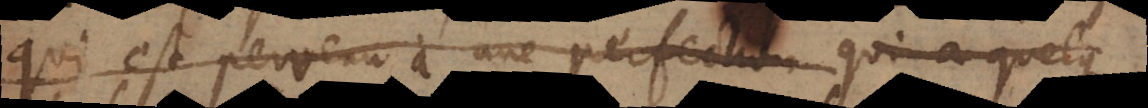
qui est parvenu à une perfection qui a quelque